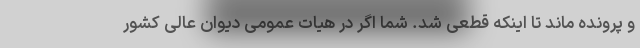
و پرونده ماند تا اینکه قطعی شد. شما اگر در هیات عمومی دیوان عالی کشور